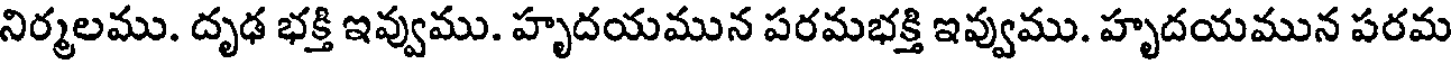
నిర్మలము. దృఢ భక్తి ఇవ్వుము. హృదయమున పరమభక్తి ఇవ్వుము. హృదయమున పరమ